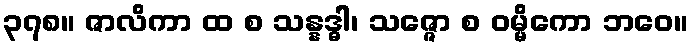
၃၇၈။ ဇာလိကာ ထ စ သန္နဒ္ဓါ၊ သဇ္ဇော စ ဝမ္မိကော ဘဝေ။